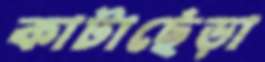
কাটাছেঁড়া